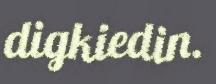
digkiedin.